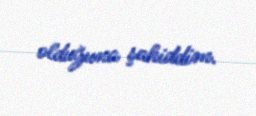
olduğuna şahiddim.